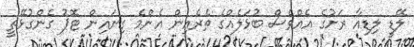
ލޭޑީ ލިޑިއާ ރަށުގެ އެއްވެސް ބުޅަލެއްގެ ތެރެއިން އެންމެ ގިނައިން ޓޮޕު ގެންގުޅޭތީ